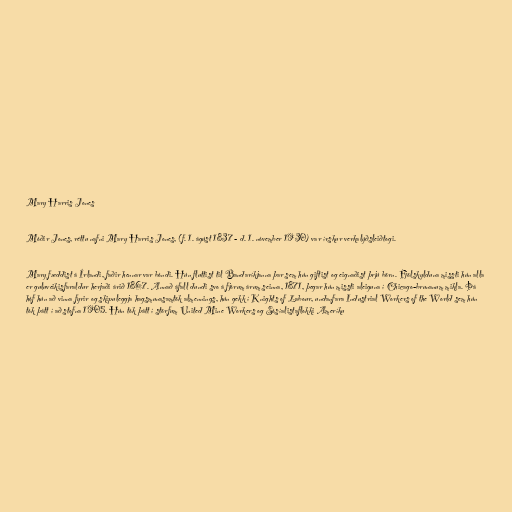
Mary Harris Jones

Móðir Jones, réttu nafni Mary Harris Jones, (f. 1. ágúst 1837 - d. 1. nóvember 1930) var írskur verkalýðsleiðtogi.

Mary fæddist á Írlandi, faðir hennar var bóndi. Hún fluttist til Bandaríkjanna þar sem hún giftist og eignaðist þrjú börn. Fjölskylduna missti hún alla
er guluveikisfaraldur herjaði árið 1867. Annað áfall dundi svo á fjórum árum seinna, 1871, þegar hún missti aleiguna í Chicago-brunanum mikla. Þá
hóf hún að vinna fyrir og skipuleggja hagsmunasamtök almennings, hún gekk í Knights of Labour, undanfara Industrial Workers of the World sem hún
tók þátt í að stofna 1905. Hún tók þátt í störfum United Mine Workers og Sósíalistaflokki Ameríku